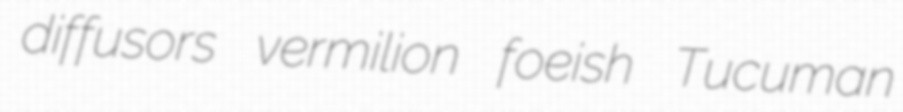
diffusors vermilion foeish Tucuman